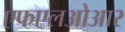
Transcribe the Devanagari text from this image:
एफएलओआर